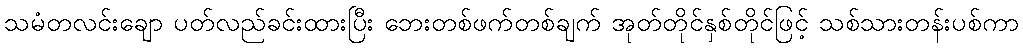
သမံတလင်းချော ပတ်လည်ခင်းထားပြီး ဘေးတစ်ဖက်တစ်ချက် အုတ်တိုင်နှစ်တိုင်ဖြင့် သစ်သားတန်းပစ်ကာ